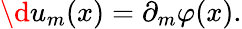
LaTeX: \d u_{m}(x)=\partial_{m}\varphi(x).